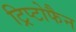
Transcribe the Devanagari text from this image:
ट्रिप्टोफैन